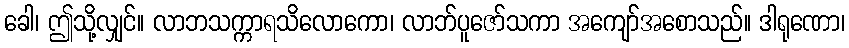
ခေါ၊ ဤသို့လျှင်။ လာဘသက္ကာရသိလောကော၊ လာဘ်ပူဇော်သကာ အကျော်အစောသည်။ ဒါရုဏော၊